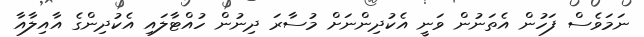
ނަމަވެސް ފަހުން އެތަނުން ވަނީ އެކުދިންނަށް މުސާރަ ދިނުން ހުއްޓާލައި އެކުދިންގެ އާއިލާއާ